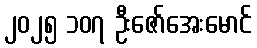
၂၀၂၅ ၁၀၇ ဦးဇော်အေးမောင်